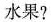
水果?